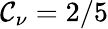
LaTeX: \mathcal{C}_{\nu}=2/5